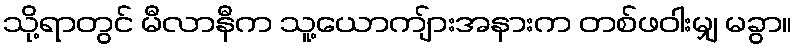
သို့ရာတွင် မီလာနီက သူ့ယောကျ်ားအနားက တစ်ဖဝါးမျှ မခွာ။